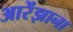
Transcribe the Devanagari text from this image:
आरेंझाना